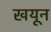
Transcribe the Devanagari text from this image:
खयून